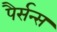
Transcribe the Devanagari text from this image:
पैर्सन्स